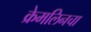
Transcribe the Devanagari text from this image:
क्रेमलिनचा